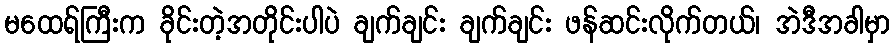
မထေရ်ကြီးက ခိုင်းတဲ့အတိုင်းပါပဲ ချက်ချင်း ချက်ချင်း ဖန်ဆင်းလိုက်တယ်၊ အဲဒီအခါမှာ